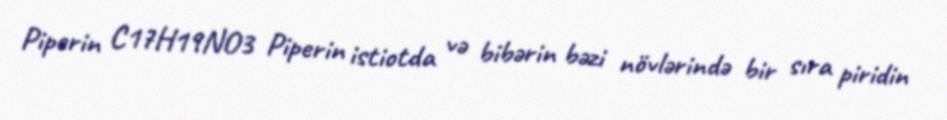
Piperin C17H19NO3 Piperin istiotda və bibərin bəzi növlərində bir sıra piridin